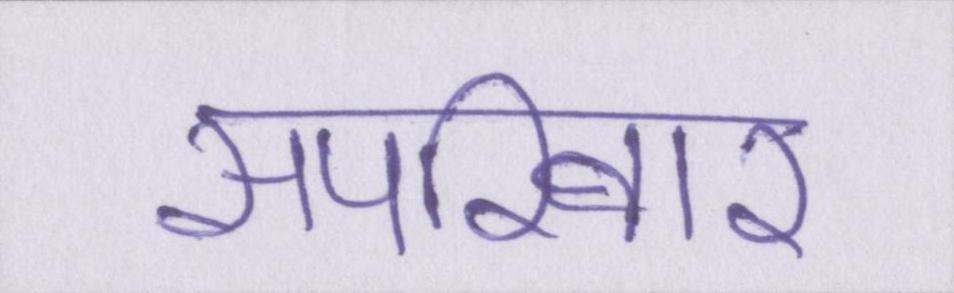
सपरिवार